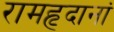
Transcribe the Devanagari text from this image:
रामहृदानां